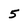
Character: 5